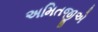
અમિતજીએ